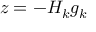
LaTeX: z = - H _ { k } g _ { k }